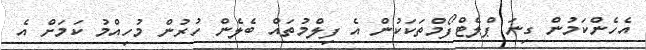
އެހެންކަމުން ގިނަ ޕްލެޓްފޯމްތަކަކުން އެ ފިލްމުތައް ބެލެން ހުރުން މުހިއްމު ކަމަށް އެ